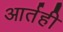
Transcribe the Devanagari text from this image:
आर्तही